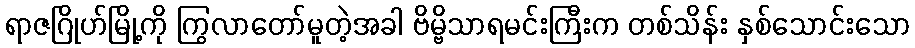
ရာဇဂြိုဟ်မြို့ကို ကြွလာတော်မူတဲ့အခါ ဗိမ္ဗိသာရမင်းကြီးက တစ်သိန်း နှစ်သောင်းသော